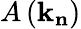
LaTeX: A\left(\mathbf{k}_{\mathbf{n}}\right)